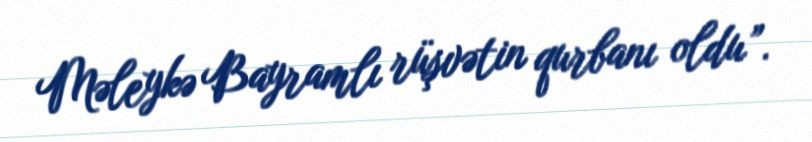
Məleykə Bayramlı rüşvətin qurbanı oldu”.